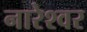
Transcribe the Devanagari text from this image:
नारेश्‍वर